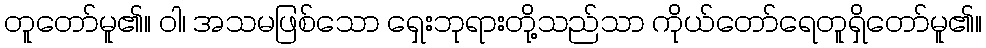
တူတော်မူ၏။ ဝါ၊ အသမဖြစ်သော ရှေးဘုရားတို့သည်သာ ကိုယ်တော်ရေတူရှိတော်မူ၏။